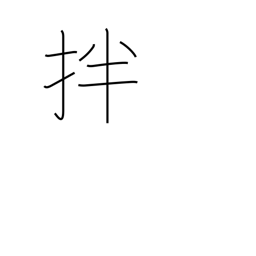
Meaning: stir and mix